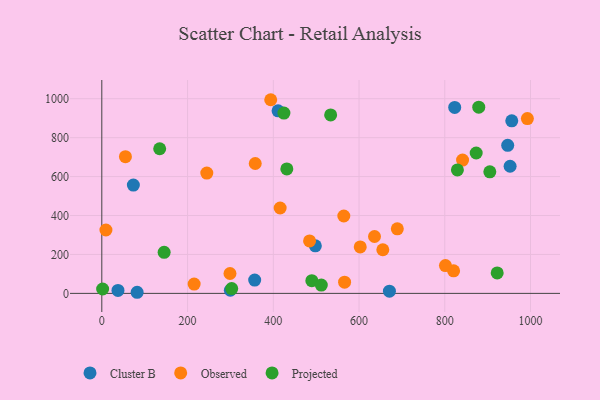
{"axis": {"x": "Ad Spend", "y": "Demand"}, "legend": ["Cluster B", "Observed", "Projected"], "data": [{"x": "498.1", "y": 244.3, "type": "Cluster B"}, {"x": "823.2", "y": 955.3, "type": "Cluster B"}, {"x": "37.7", "y": 15.0, "type": "Cluster B"}, {"x": "73.6", "y": 556.4, "type": "Cluster B"}, {"x": "952.4", "y": 653.2, "type": "Cluster B"}, {"x": "82.4", "y": 5.7, "type": "Cluster B"}, {"x": "946.8", "y": 760.8, "type": "Cluster B"}, {"x": "356.6", "y": 68.3, "type": "Cluster B"}, {"x": "411.1", "y": 937.7, "type": "Cluster B"}, {"x": "956.3", "y": 886.5, "type": "Cluster B"}, {"x": "670.9", "y": 11.4, "type": "Cluster B"}, {"x": "299.8", "y": 16.1, "type": "Cluster B"}, {"x": "566.3", "y": 57.8, "type": "Observed"}, {"x": "357.9", "y": 667.2, "type": "Observed"}, {"x": "484.6", "y": 269.7, "type": "Observed"}, {"x": "636.1", "y": 292.2, "type": "Observed"}, {"x": "416.0", "y": 438.6, "type": "Observed"}, {"x": "841.5", "y": 685.1, "type": "Observed"}, {"x": "655.5", "y": 224.2, "type": "Observed"}, {"x": "992.7", "y": 897.9, "type": "Observed"}, {"x": "55.1", "y": 702.3, "type": "Observed"}, {"x": "820.6", "y": 115.8, "type": "Observed"}, {"x": "801.6", "y": 143.0, "type": "Observed"}, {"x": "602.8", "y": 238.6, "type": "Observed"}, {"x": "564.5", "y": 397.5, "type": "Observed"}, {"x": "394.0", "y": 994.9, "type": "Observed"}, {"x": "244.9", "y": 618.0, "type": "Observed"}, {"x": "9.6", "y": 325.7, "type": "Observed"}, {"x": "215.4", "y": 47.6, "type": "Observed"}, {"x": "299.0", "y": 102.1, "type": "Observed"}, {"x": "689.3", "y": 331.8, "type": "Observed"}, {"x": "424.8", "y": 926.3, "type": "Projected"}, {"x": "922.3", "y": 105.0, "type": "Projected"}, {"x": "489.9", "y": 65.1, "type": "Projected"}, {"x": "879.3", "y": 956.4, "type": "Projected"}, {"x": "135.0", "y": 743.1, "type": "Projected"}, {"x": "905.1", "y": 624.6, "type": "Projected"}, {"x": "512.0", "y": 42.8, "type": "Projected"}, {"x": "145.4", "y": 210.9, "type": "Projected"}, {"x": "431.6", "y": 639.2, "type": "Projected"}, {"x": "873.3", "y": 721.2, "type": "Projected"}, {"x": "1.9", "y": 22.4, "type": "Projected"}, {"x": "533.8", "y": 916.8, "type": "Projected"}, {"x": "303.0", "y": 24.7, "type": "Projected"}, {"x": "829.5", "y": 634.0, "type": "Projected"}]}